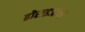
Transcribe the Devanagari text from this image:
होराइजन्स